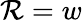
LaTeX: \mathcal{R}=w